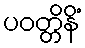
ပဝတ္တိနိံ